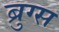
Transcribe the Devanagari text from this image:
ब्रुग्स